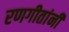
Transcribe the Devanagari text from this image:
रणगीतांनी